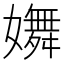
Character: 𡣆